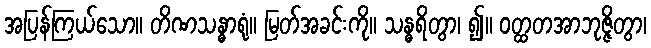
အပြန်ကြယ်သော။ တိဏသန္ဓာရုံ။ မြတ်အခင်းကို။ သန္ဓရိတွာ၊ ၍။ ဝတ္ထတအာဘုဇ္ဇိတွာ၊